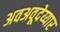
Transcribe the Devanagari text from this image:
अवअवूदेय्यार